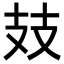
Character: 𢺸